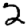
Digit: 2